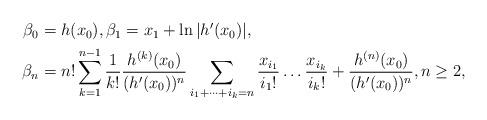
LaTeX: \begin{align*}\begin{aligned}\beta_0&=h(x_0),\beta_1=x_1+\ln|h'(x_0)|,\\ \beta_n&=n!\sum_{k=1}^{n-1}\frac{1}{k!}\frac{h^{(k)}(x_0)}{(h'(x_0))^n}\sum_{i_1+\dots+i_k=n}\frac{x_{i_1}}{i_1!}\dots\frac{x_{i_k}}{i_k!}+\frac{h^{(n)}(x_0)}{(h'(x_0))^n},n\geq 2,\end{aligned}\end{align*}